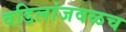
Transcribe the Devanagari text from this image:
वडिलांजवळच